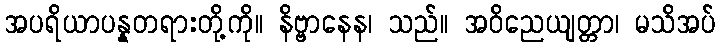
အပရိယာပန္နတရားတို့ကို။ နိဗ္ဗာနေန၊ သည်။ အဝိညေယျတ္တာ၊ မသိအပ်